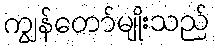
ကျွန်တော်မျိုးသည်